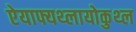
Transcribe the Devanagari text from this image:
ऐयाफ्यथ्लायोकुथ्ल